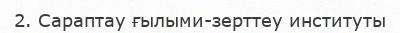
2. Сараптау ғылыми-зерттеу институты